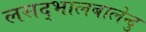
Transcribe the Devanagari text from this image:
लसद्भालबालेन्दु